Document type: payment_order
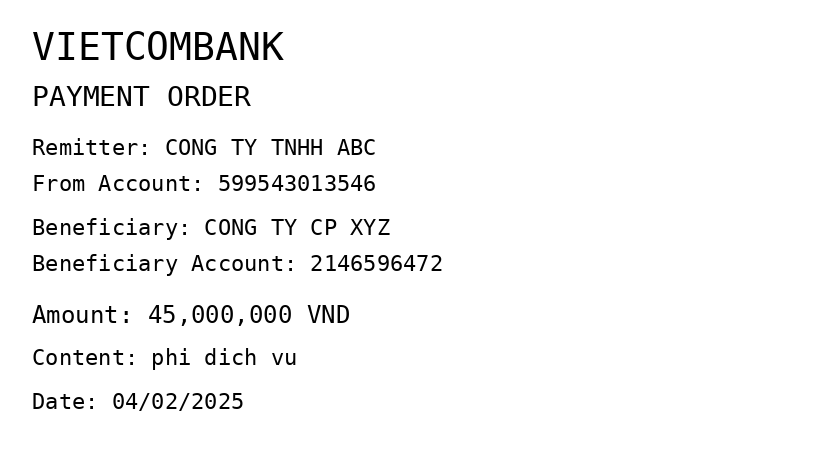
OCR transcript:
VIETCOMBANK
PAYMENT ORDER
Remitter: CONG TY TNHH ABC
From Account: 599543013546
Beneficiary: CONG TY CP XYZ
Beneficiary Account: 2146596472
Amount: 45,000,000 VND
Content: phi dich vu
Date: 04/02/2025
Extracted fields:
bank_name: vietcombank
sender_name: cong ty tnhh abc
sender_account: 599543013546
beneficiary_name: cong ty cp xyz
beneficiary_account: 2146596472
amount: 45000000
content: phi dich vu
date: 2025-02-04